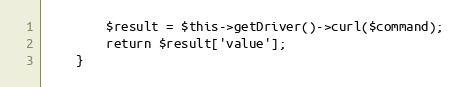
Language: PHP
        $result = $this->getDriver()->curl($command);
        return $result['value'];
    }